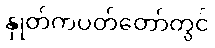
နှုတ်ကပတ်တော်တွင်